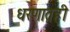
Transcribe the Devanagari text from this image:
धरणातही